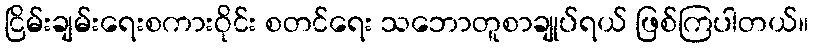
ငြိမ်းချမ်းရေးစကားဝိုင်း စတင်ရေး သဘောတူစာချုပ်ရယ် ဖြစ်ကြပါတယ်။